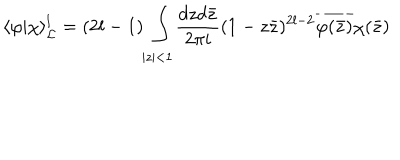
LaTeX: \langle \varphi | \chi \rangle _ { { \cal L } } ^ { l } = ( 2 l - 1 ) \int _ { | z | < 1 } \frac { d z d \bar { z } } { 2 \pi i } ( 1 - z \bar { z } ) ^ { 2 l - 2 } \overline { { { \varphi ( \bar { z } ) } } } \chi ( \bar { z } )